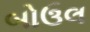
બોઉલ